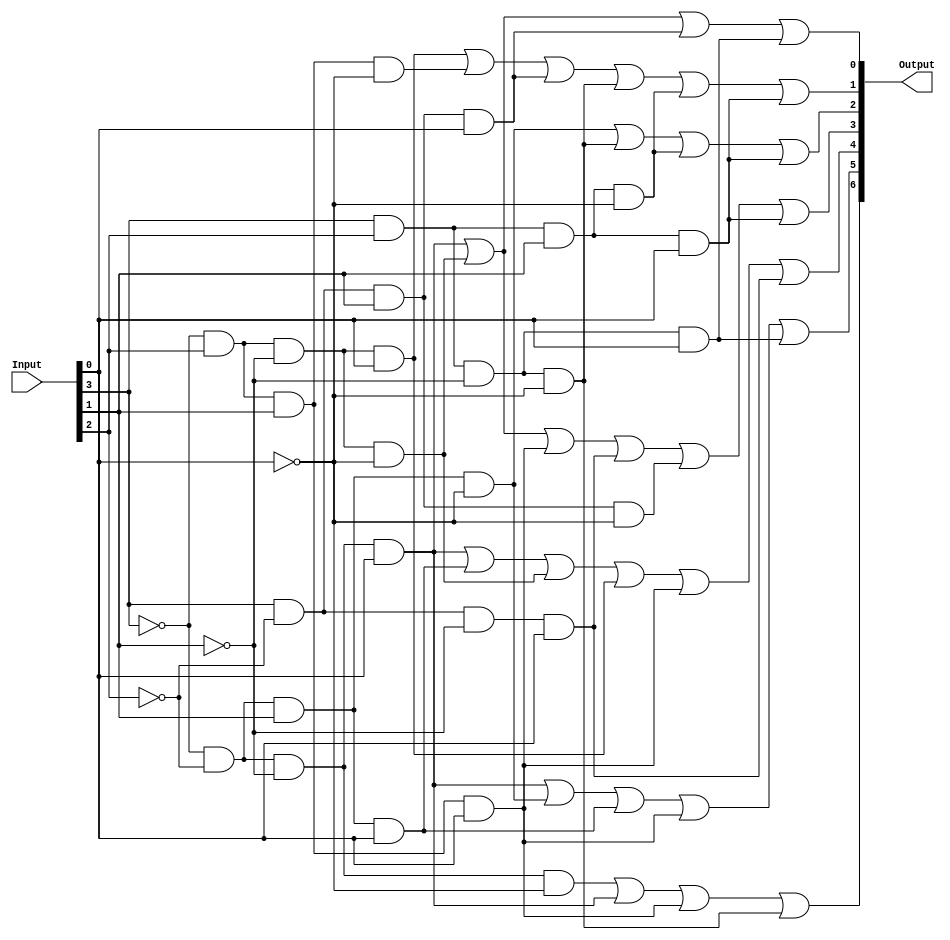
module HEX_Decoder(input[3:0] Input, output[6:0] Output);
	
	wire v0 = ~Input[3] & ~Input[2] & ~Input[1] & ~Input[0];
	wire v1 = ~Input[3] & ~Input[2] & ~Input[1] & Input[0];
	wire v2 = ~Input[3] & ~Input[2] & Input[1] & ~Input[0];
	wire v3 = ~Input[3] & ~Input[2] & Input[1] & Input[0];
	wire v4 = ~Input[3] & Input[2] & ~Input[1] & ~Input[0];
	wire v5 = ~Input[3] & Input[2] & ~Input[1] & Input[0];
	wire v6 = ~Input[3] & Input[2] & Input[1] & ~Input[0];
	wire v7 = ~Input[3] & Input[2] & Input[1] & Input[0];
	wire v8 = Input[3] & ~Input[2] & ~Input[1] & ~Input[0];
	wire v9 = Input[3] & ~Input[2] & ~Input[1] & Input[0];
	wire va = Input[3] & ~Input[2] & Input[1] & ~Input[0];
	wire vb = Input[3] & ~Input[2] & Input[1] & Input[0];
	wire vc = Input[3] & Input[2] & ~Input[1] & ~Input[0];
	wire vd = Input[3] & Input[2] & ~Input[1] & Input[0];
	wire ve = Input[3] & Input[2] & Input[1] & ~Input[0];
	wire vf = Input[3] & Input[2] & Input[1] & Input[0];
	
	assign Output[0] = v1 | v4 | vb | vd;
	assign Output[1] = v5 | v6 | vb | vc | ve | vf;
	assign Output[2] = v2 | vc | ve | vf;
	assign Output[3] = v1 | v4 | v7 | v9 | va | vf;
	assign Output[4] = v1 | v3 | v4 | v5 | v7 | v9;
	assign Output[5] = v1 | v2 | v3 | v7 | vd;
	assign Output[6] = v0 | v1 | v7 | vc;
	
endmodule